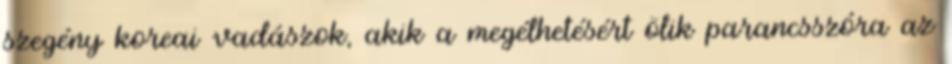
szegény koreai vadászok, akik a megélhetésért ölik parancsszóra az